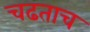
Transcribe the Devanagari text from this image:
चढताच